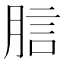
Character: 𧦗